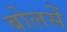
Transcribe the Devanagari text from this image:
बोलसें